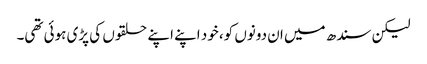
لیکن سندھ میں ان دونوں کو، خود اپنے اپنے حلقوں کی پڑی ہوئی تھی۔